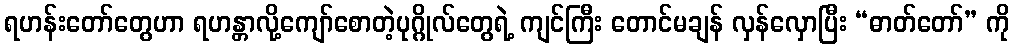
ရဟန်းတော်တွေဟာ ရဟန္တာလို့ကျော်စောတဲ့ပုဂ္ဂိုလ်တွေရဲ့ ကျင်ကြီး တောင်မချန် လှန်လှောပြီး “ဓာတ်တော်” ကို